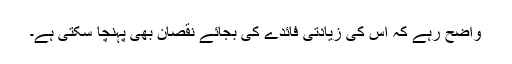
واضح رہے کہ اس کی زیادتی فائدے کی بجائے نقصان بھی پہنچا سکتی ہے۔